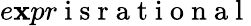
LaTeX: e\mathbf{x}pr\mathrm{{~i~s~r~a~t~i~o~n~a~l~}}